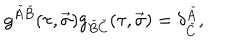
LaTeX: g ^ { \check { A } \check { B } } ( \tau , \vec { \sigma } ) g _ { \check { B } \check { C } } ( \tau , \vec { \sigma } ) = \delta _ { \check { C } } ^ { \check { A } } ,